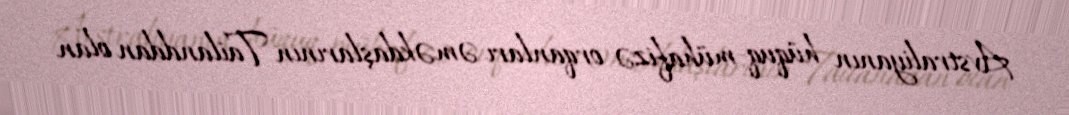
Avstraliyanın hüquq-mühafizə orqanları əməkdaşlarının Tailanddan olan